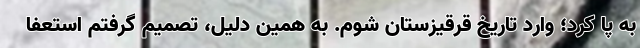
به پا کرد؛ وارد تاریخ قرقیزستان شوم. به همین دلیل، تصمیم گرفتم استعفا